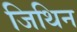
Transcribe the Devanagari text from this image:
जिथिन